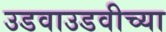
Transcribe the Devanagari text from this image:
उडवाउडवीच्या